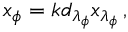
x _ { \phi } = k d _ { \lambda _ { \phi } } x _ { \lambda _ { \phi } } \, ,